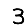
Digit: 3